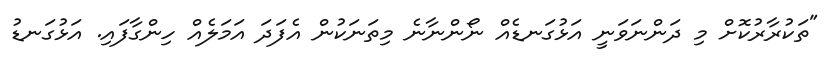
"ތަކުރާރުކޮށް މި ދަންނަވަނީ އަޅުގަނޑެއް ނޯންނާނެ މިތަނަކުން އެފަދަ އަމަލެއް ހިންގާފައި. އަޅުގަނޑު